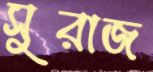
সুরাজ